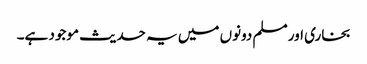
بخاری اور مسلم دونوں میں یہ حدیث موجود ہے۔